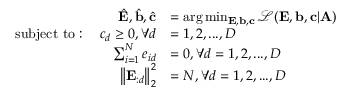
\begin{array} { r l } { \hat { \mathbf { E } } , \hat { \mathbf { b } } , \hat { \mathbf { c } } } & { = \arg \operatorname* { m i n } _ { \mathbf { E } , { \mathbf { b } } , { \mathbf { c } } } \mathcal { L } ( { \mathbf { E } } , { \mathbf { b } } , { \mathbf { c } } | { \mathbf { A } } ) } \\ { { \mathrm { s u b j e c t ~ t o } } : ~ ~ ~ c _ { d } \geq 0 , \forall d } & { = 1 , 2 , . . . , D } \\ { \sum _ { i = 1 } ^ { N } e _ { i d } } & { = 0 , \forall d = 1 , 2 , . . . , D } \\ { \big \| { \mathbf { E } } _ { : d } \big \| _ { 2 } ^ { 2 } } & { = N , \forall d = 1 , 2 , . . . , D } \end{array}